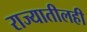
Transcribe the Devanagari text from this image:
राज्यातीलही